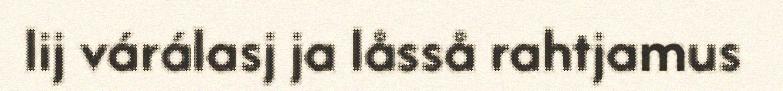
lij várálasj ja låsså rahtjamus